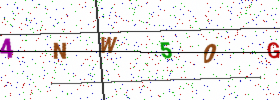
Text: 4NW50G